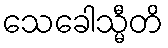
သေခေါသ္မီတိ